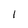
Character: 1